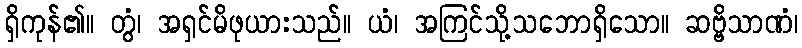
ရှိကုန်၏။ တွံ၊ အရှင်မိဖုယားသည်။ ယံ၊ အကြင်သို့သဘောရှိသော။ ဆဗ္ဗိသာဏံ၊